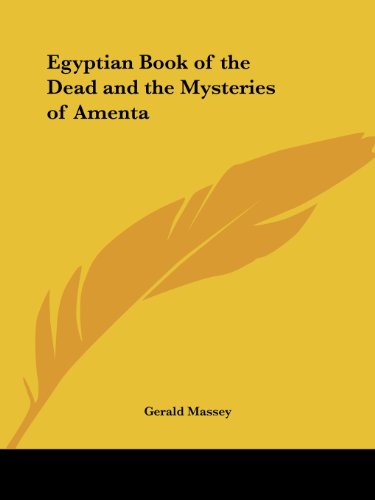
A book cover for Egyptian Book of the Dead and the Mysteries of Amenta; Gerald Massey; Religion & Spirituality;